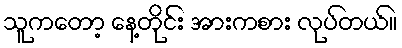
သူကတော့ နေ့တိုင်း အားကစား လုပ်တယ်။